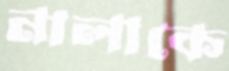
নালাকে